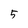
Character: 5